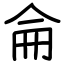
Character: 侖